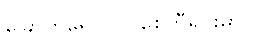
ခြောက်ရောင်ဝါ စေတီရင်းမှာလ၊